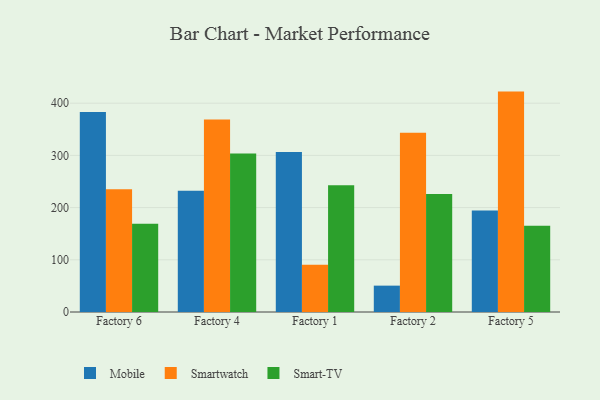
{"axis": {"x": "Factory", "y": "Humidity (%)"}, "legend": ["Mobile", "Smart-TV", "Smartwatch"], "data": [{"x": "Factory 6", "y": 382.9, "type": "Mobile"}, {"x": "Factory 6", "y": 235.0, "type": "Smartwatch"}, {"x": "Factory 6", "y": 169.2, "type": "Smart-TV"}, {"x": "Factory 4", "y": 232.5, "type": "Mobile"}, {"x": "Factory 4", "y": 368.6, "type": "Smartwatch"}, {"x": "Factory 4", "y": 303.8, "type": "Smart-TV"}, {"x": "Factory 1", "y": 306.3, "type": "Mobile"}, {"x": "Factory 1", "y": 90.5, "type": "Smartwatch"}, {"x": "Factory 1", "y": 242.8, "type": "Smart-TV"}, {"x": "Factory 2", "y": 50.5, "type": "Mobile"}, {"x": "Factory 2", "y": 343.4, "type": "Smartwatch"}, {"x": "Factory 2", "y": 226.2, "type": "Smart-TV"}, {"x": "Factory 5", "y": 194.2, "type": "Mobile"}, {"x": "Factory 5", "y": 422.2, "type": "Smartwatch"}, {"x": "Factory 5", "y": 165.4, "type": "Smart-TV"}]}